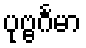
ပုဗ္ဗင်္ဂမာ